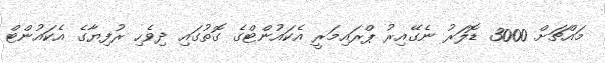
މައްޗަށް 3000 ޑޮލަރު ނެގޭއިރު ޕްރައިމަރީ އެކައުންޓްގެ ގޮތުގައި ދިވެހި ރުފިޔާގެ އެކައުންޓް